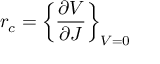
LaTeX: r _ { c } = \left\{ { \frac { \partial V } { \partial J } } \right\} _ { V = 0 }